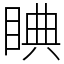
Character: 睓